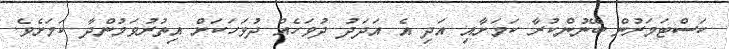
ކަސްޓަމަރުން ބޭނުންކުރާ ކަމަށާއި އަދި އެ އަދަދު ދުވަހެއް ދުވަހަކަށް އިތުރުވަމުންދާ ކަމަށެވެ.